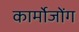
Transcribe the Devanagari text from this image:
कार्मोजोंग